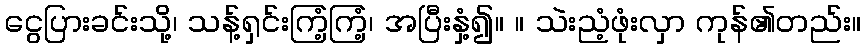
ငွေပြားခင်းသို့၊ သန့်ရှင်းကြံ့ကြံ့၊ အပြီးနှံ့၍။ ။ သဲးညံ့ဖုံးလှာ ကုန်၏တည်း။